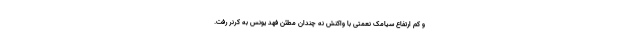
و کم ارتفاع سیامک نعمتی با واکنش نه چندان مطئن فهد یونس به کرنر رفت.